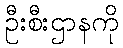
ဦးစီးဌာနကို